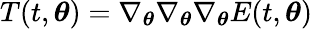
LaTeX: T(t,{\boldsymbol{\theta}})=\nabla_{\boldsymbol{\theta}}\nabla_{\boldsymbol{\theta}}\nabla_{\boldsymbol{\theta}}E(t,{\boldsymbol{\theta}})